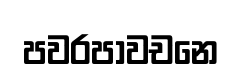
පවරපාවචනෙ